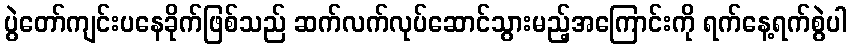
ပွဲတော်ကျင်းပနေခိုက်ဖြစ်သည် ဆက်လက်လုပ်ဆောင်သွားမည့်အကြောင်းကို ရက်နေ့ရက်စွဲပါ